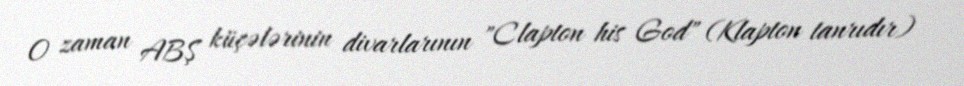
O zaman ABŞ küçələrinin divarlarının "Clapton his God" (Klapton tanrıdır)